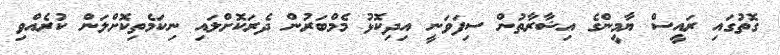
ގޮތުގައި ރައީސް ޔާމީންގެ އިޝާރާތުން ސިފަވަނީ އިދިކޮޅު މެމްބަރުން ދެރަކޮށްލައި ނިކަމެތިކޮށްލަން ކުރެއްވި